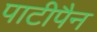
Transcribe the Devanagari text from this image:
पाटीपैन